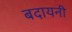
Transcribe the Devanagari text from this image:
बदायनी